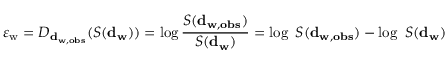
\varepsilon _ { \mathrm { w } } = D _ { \mathbf { d } _ { \mathbf { w } , \mathbf { o b s } } } ( { S ( \mathbf { d } } _ { \mathbf { w } } ) ) = \log \frac { { S ( \mathbf { d } } _ { \mathbf { w } , \mathbf { o b s } } ) } { { S ( \mathbf { d } } _ { \mathbf { w } } ) } = \log { \ S ( \mathbf { d } } _ { \mathbf { w } , \mathbf { o b s } } ) - \log \ { S ( \mathbf { d } } _ { \mathbf { w } } ) \